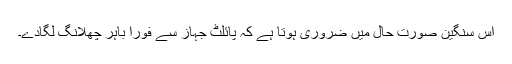
اس سنگین صورت حال میں ضروری ہوتا ہے کہ پائلٹ جہاز سے فوراً باہر چھلانگ لگادے۔